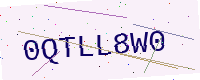
Text: 0QTLL8W0